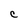
Character: c